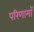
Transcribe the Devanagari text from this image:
परिणामॉ